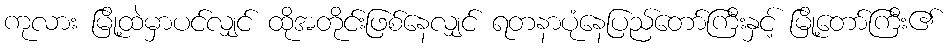
ကုလား မြို့ထဲမှာပင်လျှင် ထိုအတိုင်းဖြစ်နေလျှင် ရတနာပုံနေပြည်တော်ကြီးနှင့် မြို့တော်ကြီး၏